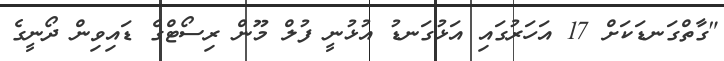
"ގާތްގަނޑަކަށް 17 އަހަރުގައި އަޅުގަނޑު އުޅުނީ ފުލް މޫން ރިސޯޓްގެ ޑައިވިން ދޯނީގެ